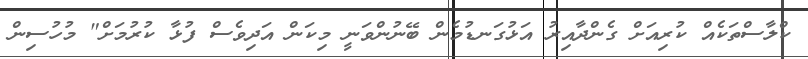
ކްލާސްތަކެއް ކުރިއަށް ގެންދާއިރު އަޅުގަނޑުމެން ބޭނުންވަނީ މިކަން އަދިވެސް ފުޅާ ކުރުމަށް" މުހުސިން